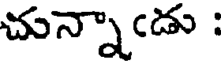
చున్నాఁడు :